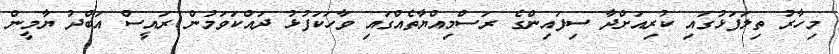
މިހާރު ތިލަފަޅުގައި ކުރިއަށްދާ ސިފައިންގެ ރަސްމިއްޔާތެއްގައި ވާހަކަފުޅު ދައްކަވަމުން ރައީސް އަބްދު ޔާމީން